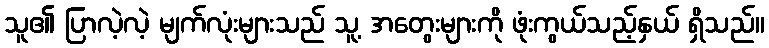
သူ၏ ပြာလဲ့လဲ့ မျက်လုံးများသည် သူ့ အတွေးများကို ဖုံးကွယ်သည့်နှယ် ရှိသည်။